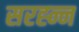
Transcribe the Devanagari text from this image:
सरह्न्न